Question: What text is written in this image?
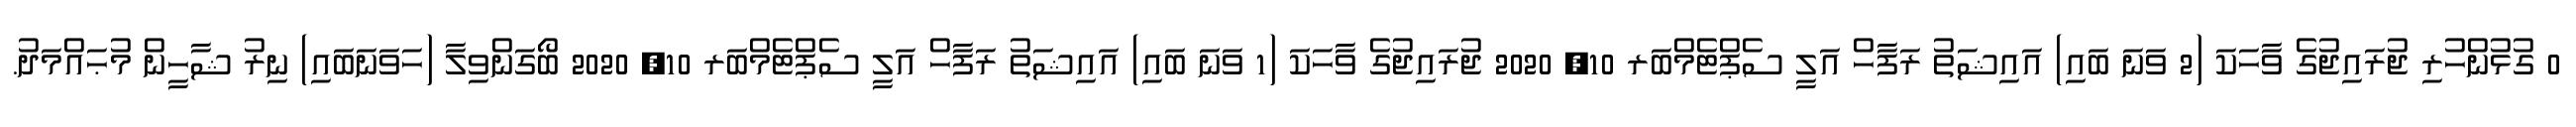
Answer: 0 ގުޅުންހުރި ޖުރައިޖުގެ ވާހަކަ (2 ވަނަ ބައި) އައިޝަތު ރަފާހް އަލީ ސެޕްޓެމްބަރ 10, 2020 ޖުރައިޖުގެ ވާހަކަ (1 ވަނަ ބައި) އައިޝަތު ރަފާހް އަލީ ސެޕްޓެމްބަރ 10, 2020 ބޯގަންވިލާ (ހަވަނަބައި) ނިރު ޝާހީން މުޙައްމަދު.